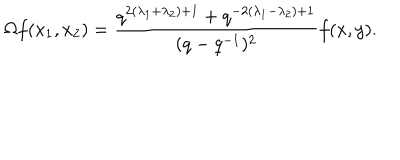
\Omega f ( x _ { 1 } , x _ { 2 } ) = \frac { q ^ { 2 ( \lambda _ { 1 } + \lambda _ { 2 } ) + 1 } + q ^ { - 2 ( \lambda _ { 1 } - \lambda _ { 2 } ) + 1 } } { ( q - q ^ { - 1 } ) ^ { 2 } } f ( x , y ) .